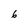
Character: 6